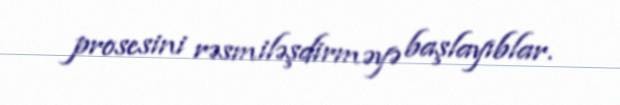
prosesini rəsmiləşdirməyə başlayıblar.